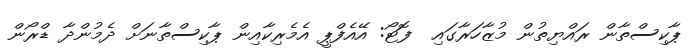
ޕާކިސްތާން ރައްޔިތުން މުޒާހަރާގައި  ފޮޓޯ: އޭއެފްޕީ އެމެރިކާއިން ޕާކިސްތާނަށް ދެމުންދާ ޑްރޯން